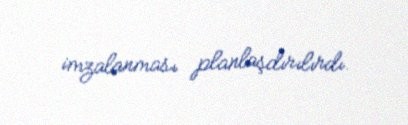
imzalanması planlaşdırılırdı.